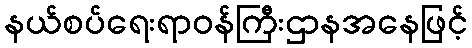
နယ်စပ်ရေးရာဝန်ကြီးဌာနအနေဖြင့်